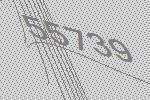
55739